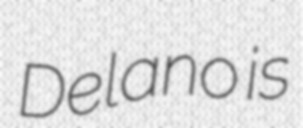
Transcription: Delano is